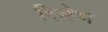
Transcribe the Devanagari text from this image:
दिसेच